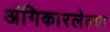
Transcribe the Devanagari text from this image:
अंगिकारलेल्या